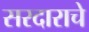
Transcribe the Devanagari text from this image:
सरदाराचे